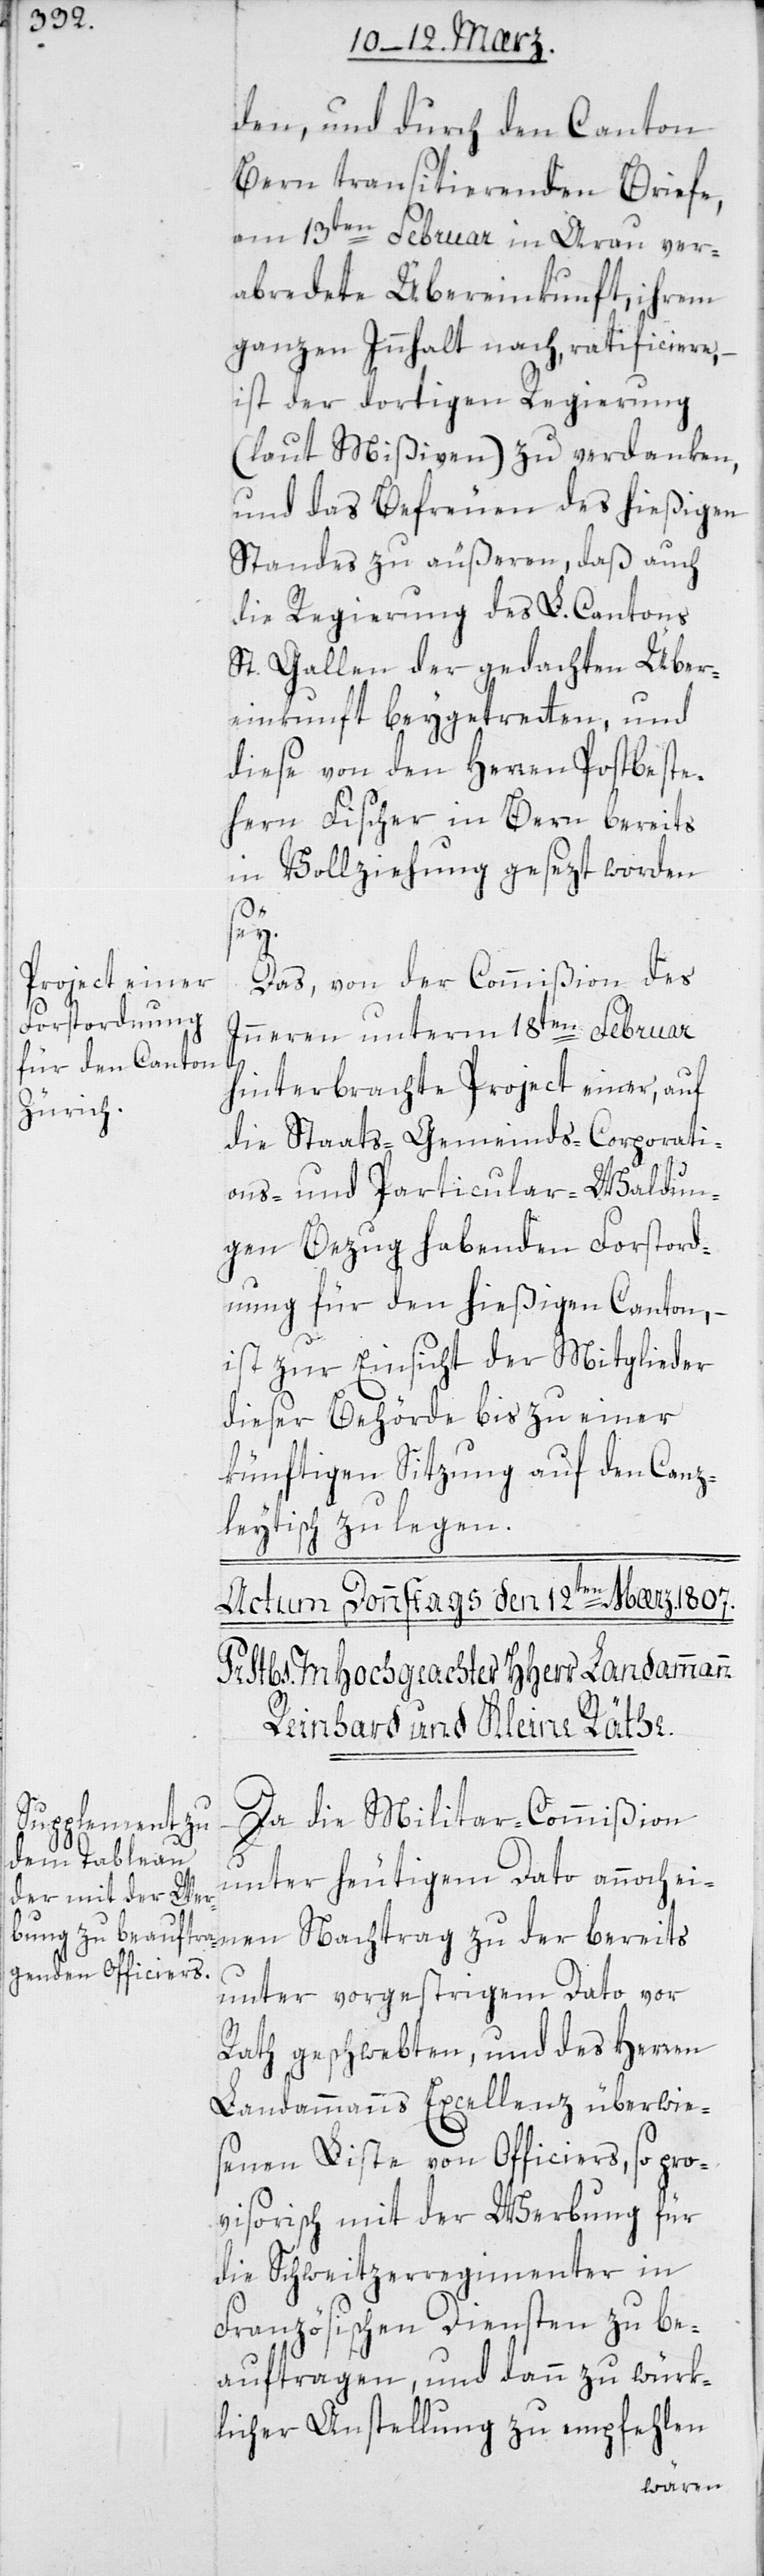
Bern transitierenden Briefe,
am 13ten Februar in Arau ver¬
abredete Übereinkunft, ihrem
ganzen Innhalt nach, ratificiere, –
ist der dortigen Regierung
(laut Mißiven) zu verdanken,
und das Befreuen des hießigen
Standes zu äußeren, daß auch
die Regierung des L. Cantons
St. Gallen der gedachten Über¬
einkunft beygetreten, und
diese von den Herren Postbeste¬
heren Fischer in Bern bereits
in Vollziehung gesezt worden
y.
Das von der Commißion des
Innern unterm 18ten Februar
den,
hinterbrachte Project einer, auf
die Staats-[,] Gemeinds-[,] Corporati¬
ons- und Particular-Waldun¬
gen Bezug habenden Forstord¬
nung für den hießigen Canton, –
ist zur Einsicht der Mitglieder
dieser Behörde bis zu einer
künftigen Sitzung auf den Canz¬
leytisch zu legen.
Da die Militar-Commißion
unter heutigem Dato annoch ei¬
nen Nachtrag zu der bereits
unter vorgestrigem Dato vor
Rath geschwebten, und des Herren
Landammanns Excellenz überwie¬
senen Liste von Officiers, so pro¬
visorisch mit der Werbung für
die Schweitzerregimenter in
Französischen Diensten zu be¬
auftragen, und dann zu würk¬
licher Anstellung zu empfehlen